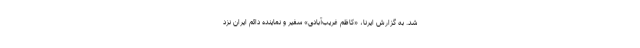
شد. به گزارش ایرنا، «کاظم غریب‌آبادی» سفیر و نماینده دائم ایران نزد